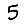
Digit: 5